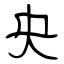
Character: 央